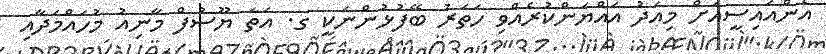
އެންއައިސީއަށް މިއަދު އައްޔަންކުރެއްވި ހަތަރު ބޭފުޅުންނަކީ ގ. އަތަ ޔޫސުފް މާނިއު މުހައްމަދާއި